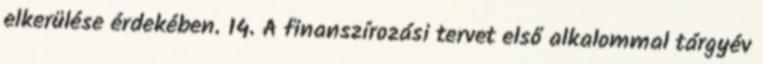
elkerülése érdekében. 14. A finanszírozási tervet első alkalommal tárgyév